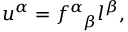
u ^ { \alpha } = f _ { ~ ~ \beta } ^ { \alpha } l ^ { \beta } ,